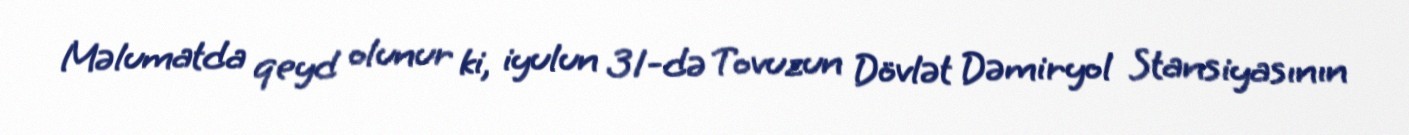
Məlumatda qeyd olunur ki, iyulun 31-də Tovuzun Dövlət Dəmiryol Stansiyasının